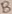
Text: B